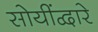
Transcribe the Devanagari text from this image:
सोयींद्वारे